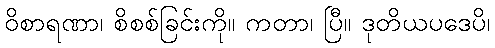
ဝိစာရဏာ၊ စိစစ်ခြင်းကို။ ကတာ၊ ပြီ။ ဒုတိယပဒေပိ၊